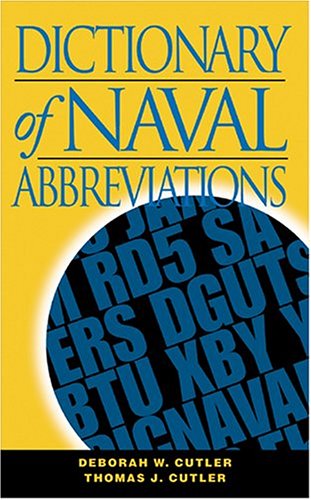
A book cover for Dictionary of Naval Abbreviations (Blue and Gold) (Blue and Gold Professional Library); Test Preparation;